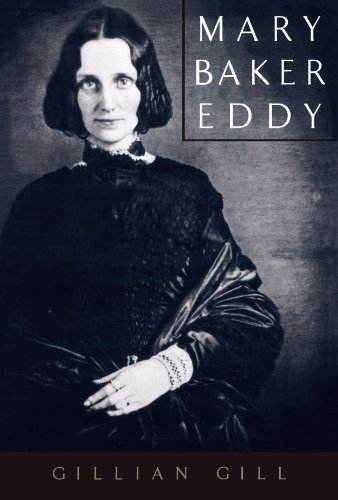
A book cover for Mary Baker Eddy (Radcliffe Biography Series); Gill Gillian; Christian Books & Bibles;